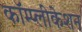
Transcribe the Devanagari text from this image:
कॉम्प्लीकेशन